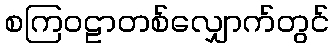
စကြဝဠာတစ်လျှောက်တွင်